Leningradi_Edasi_toimetus, lk 159
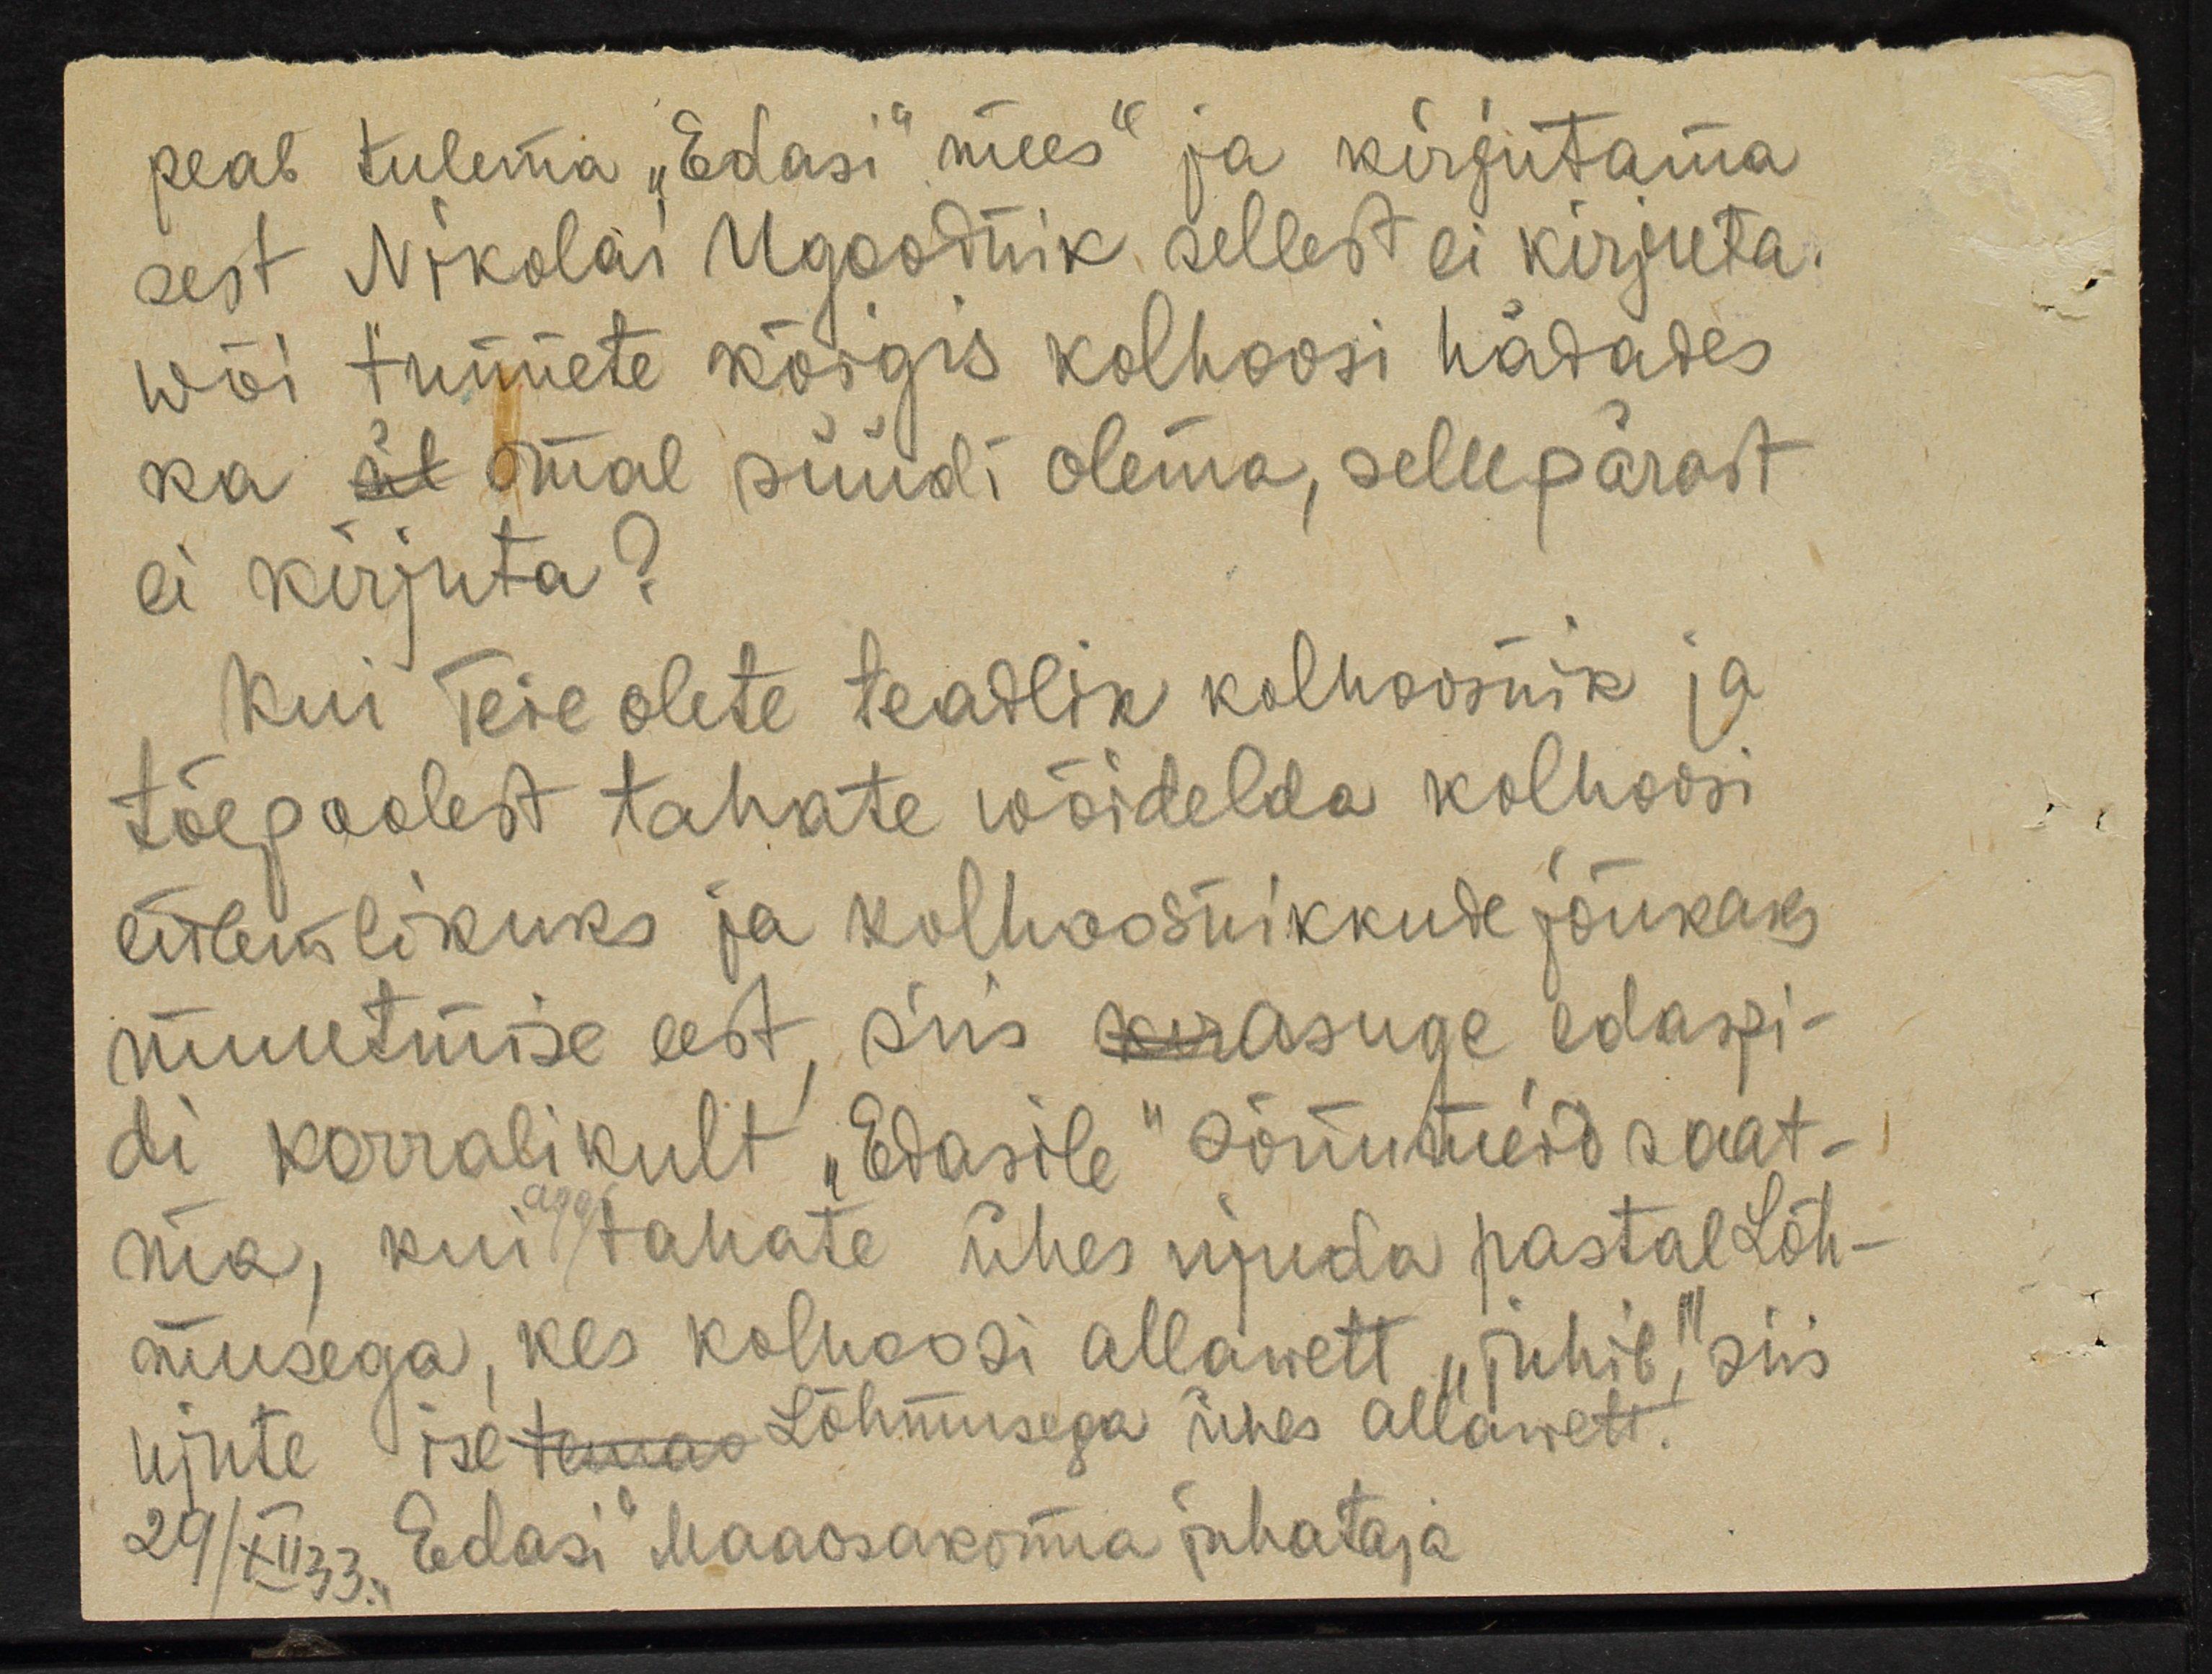
peab tulema "Edasi" mees" ja kirjutama
sest Nikolai Ugoodnik sellest ei kirjuta.
Wõi tunnete kõigis kolhoosi hädades
ka et omal süüdi olema, sellepärast
ei kirjuta?
Kui Teie olete teadlik kolhoosnik ja
tõepoolest tahate wõidelda kolhoosi
tulemlikuks ja kolhoosnikkude jõukaks
muutmise eest, siis kaasuge edaspi-
di korralikult "Edasile" sõnumeid saat-
ma, kui tahate ühes ujuda pastal Lõh-
aga
musega, kes kolhoosi allawett "juhib", siis
ujute isetamao Lõhmusega ühes allawett.
29/XII 33 "Edasi" Maaosakonna juhataja